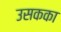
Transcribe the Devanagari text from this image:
उसकका